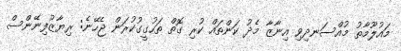
މައުލޫމާތު މުއްސަނދިވި އިނާޒާ މެދު ކަންތައް ކުރި ގޮތް ތަހުގީގުކުރަން ޖެހޭނެ: ރިޔާޒުފިނޭންސް